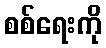
စစ်ရေးကို